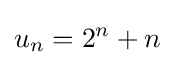
u_{n}=2^{n}+n